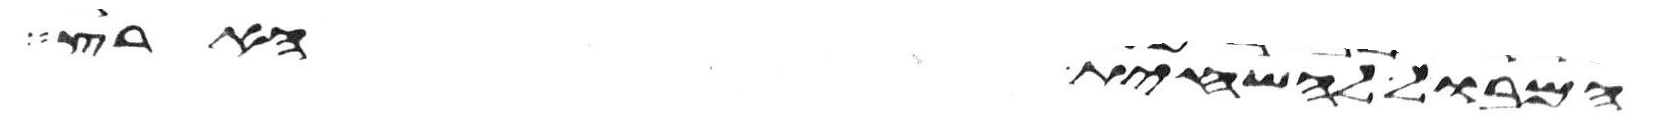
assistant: המבול להשחית הארץ